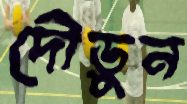
দৌড়ুন